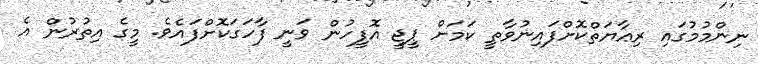
ނިންމުމުގައި ރިޢާޔަތްކޮށްފައިނުވާތީ ކަމަށް ޕީޖީ އޮފީހުން ވަނީ ފާހަގަކޮށްފައެވެ. މީގެ އިތުރުން އެ